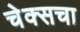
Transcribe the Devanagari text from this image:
चेक्सचा